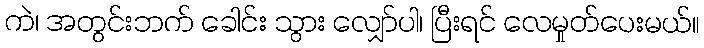
ကဲ၊ အတွင်းဘက် ခေါင်း သွား လျှော်ပါ၊ ပြီးရင် လေမှုတ်ပေးမယ်။